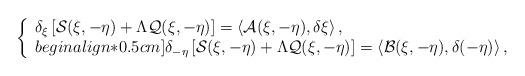
LaTeX: \begin{align*}\left\{\begin{array}{ll}\delta_{\xi}\left[\mathcal{S}(\xi,-\eta)+\Lambda \mathcal{Q}(\xi,-\eta)\right]=\left\langle\mathcal{A}(\xi,-\eta),\delta\xi\right\rangle,\\begin{align*}0.5cm]\delta_{-\eta}\left[\mathcal{S}(\xi,-\eta)+\Lambda \mathcal{Q}(\xi,-\eta)\right]=\left\langle\mathcal{B}(\xi,-\eta),\delta(-\eta)\right\rangle,\end{array}\right.\end{align*}